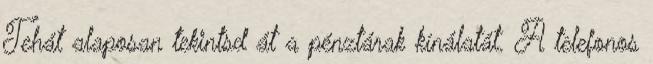
Tehát alaposan tekintsd át a pénztárak kínálatát. A telefonos